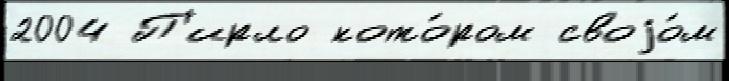
2004 П'ирло кото́ром своjо́м